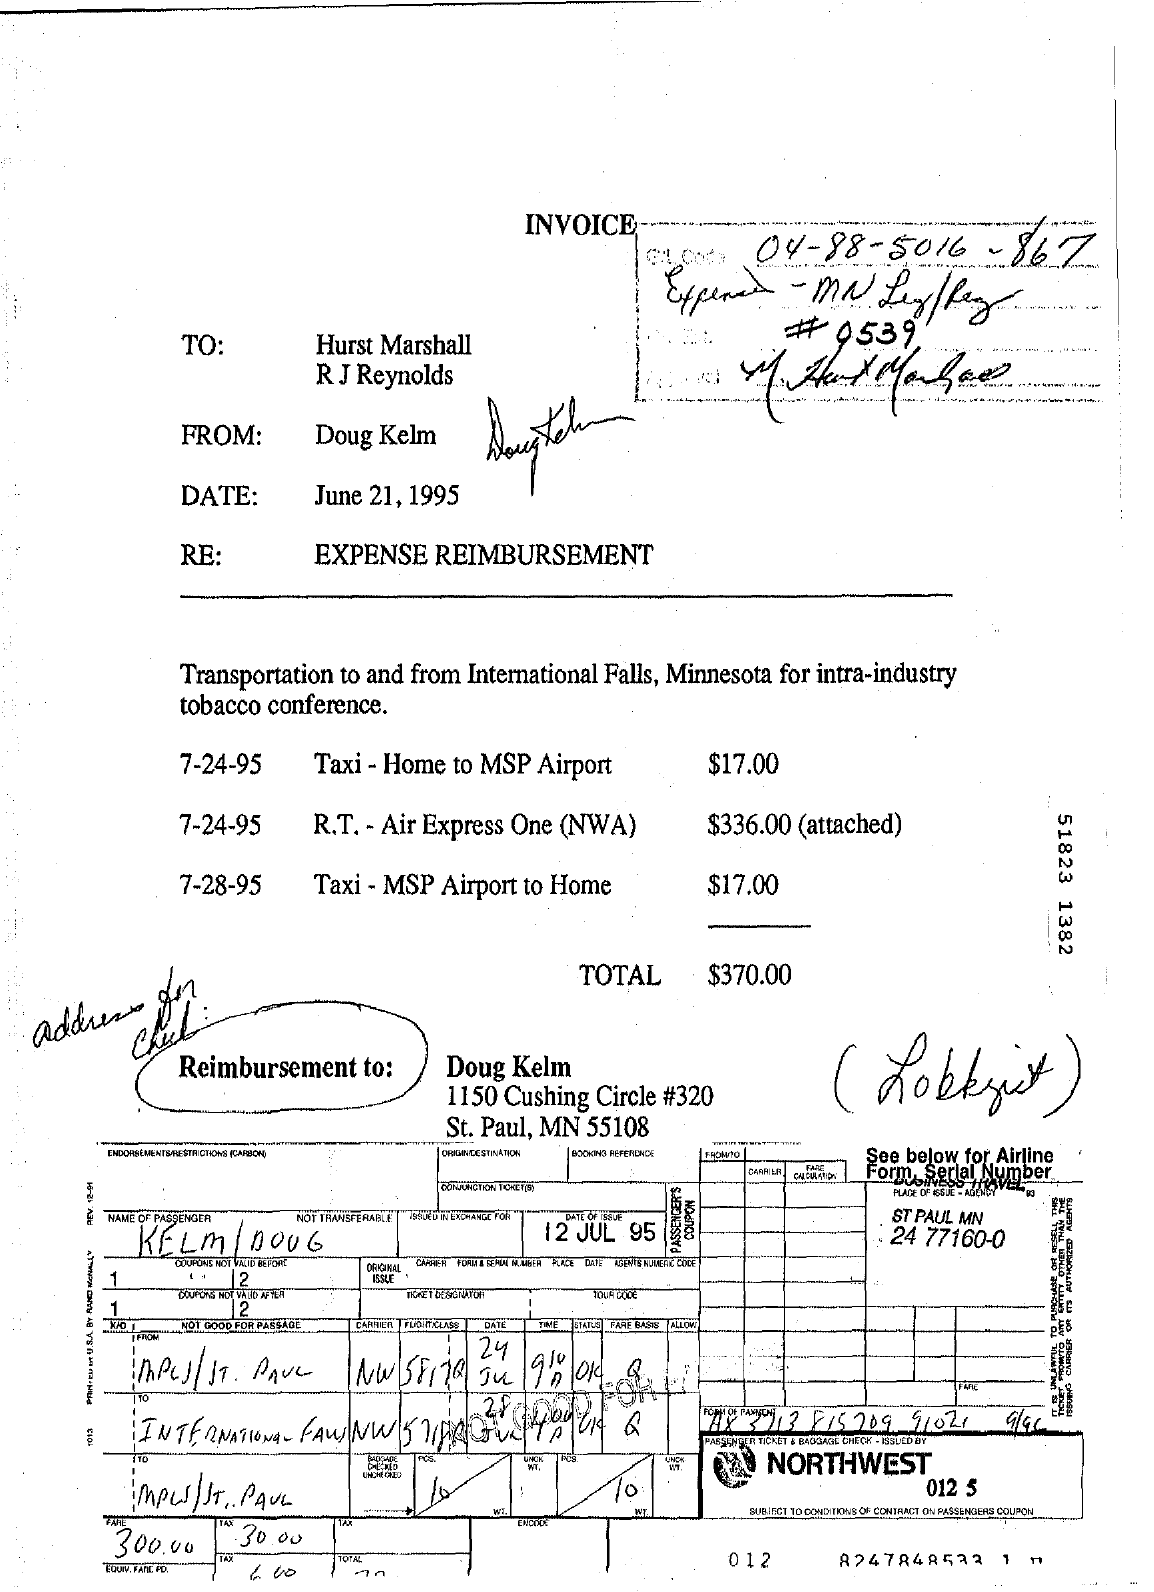
INVOICE
     04-   88-5016-    867
     Expened    - MN    Ley   Rey
     TO:    Hurst Marshall
     #    0539
     R J Reynolds
     FROM:    Doug Kelm    Sagtchen
     DATE:    June 21, 1995
     RE:    EXPENSE   REIMBURSEMENT
     Transportation to and from International Falls, Minnesota for intra-industry
     tobacco conference.
     7-24-95    Taxi - Home to MSP Airport    $17.00
     7-24-95    R.T. - Air Express One (NWA)    $336.00 (attached)
     51823
     1382
     7-28-95    Taxi - MSP Airport to Home    $17.00
     TOTAL    $370.00
   address
     for
     Reimbursement   to:    Doug  Kelm    (  Lobbyist    )
     1150 Cushing Circle #320
     St. Paul, MN 55108
     BOOKING REFERENCE FROWTO  See below for Airline
     FARE
     Form, Serial Number
     PLACE OF RESJE - ADENER
     Hodnoo NAME OF PASSENGER
     KELM    DOUG
     NOT TRANSFERABLE 75KNOW AND-ANUL FOR" DATE OF THEZE
     12 JUL 95
     ST PAUL MN
     24 77160-0
     PEV.
     12-M
     COUPONS NOT VALID BEFORE
     1
     DENIMAL
     PASSENGER'S
     12    ISSUE
     1
     TONE 1 DESGINTIDA TOUR DODE
     01 GOOD FOR PASSAGE
     12
     CARRIER QUANTCLASE DATE TINE STATUS FARE BASIS ALLOW
     MPLJ / ST. PAUL
     24
     INTERNATIONAL FAWNW    STINA  JULI TA NUIT Q    3713  F/5 209  9/02/
     PASSENC'EST TICKET & BAGGAGE CHECK - ISSUED BY
     ImPus /ST. PAUL    70
     NORTHWEST
     012 5
     WI    SUBIECT 10 CONDITIONS OF CONTRACT ON PASSENDERS COUPON
     300.00    30.00
     012    8247848522    1  n